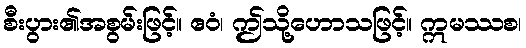
စီးပွား၏အစွမ်းဖြင့်။ ဧဝံ၊ ဤသို့ဟောသဖြင့်။ ဣမဿစ၊